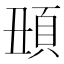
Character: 𩑧